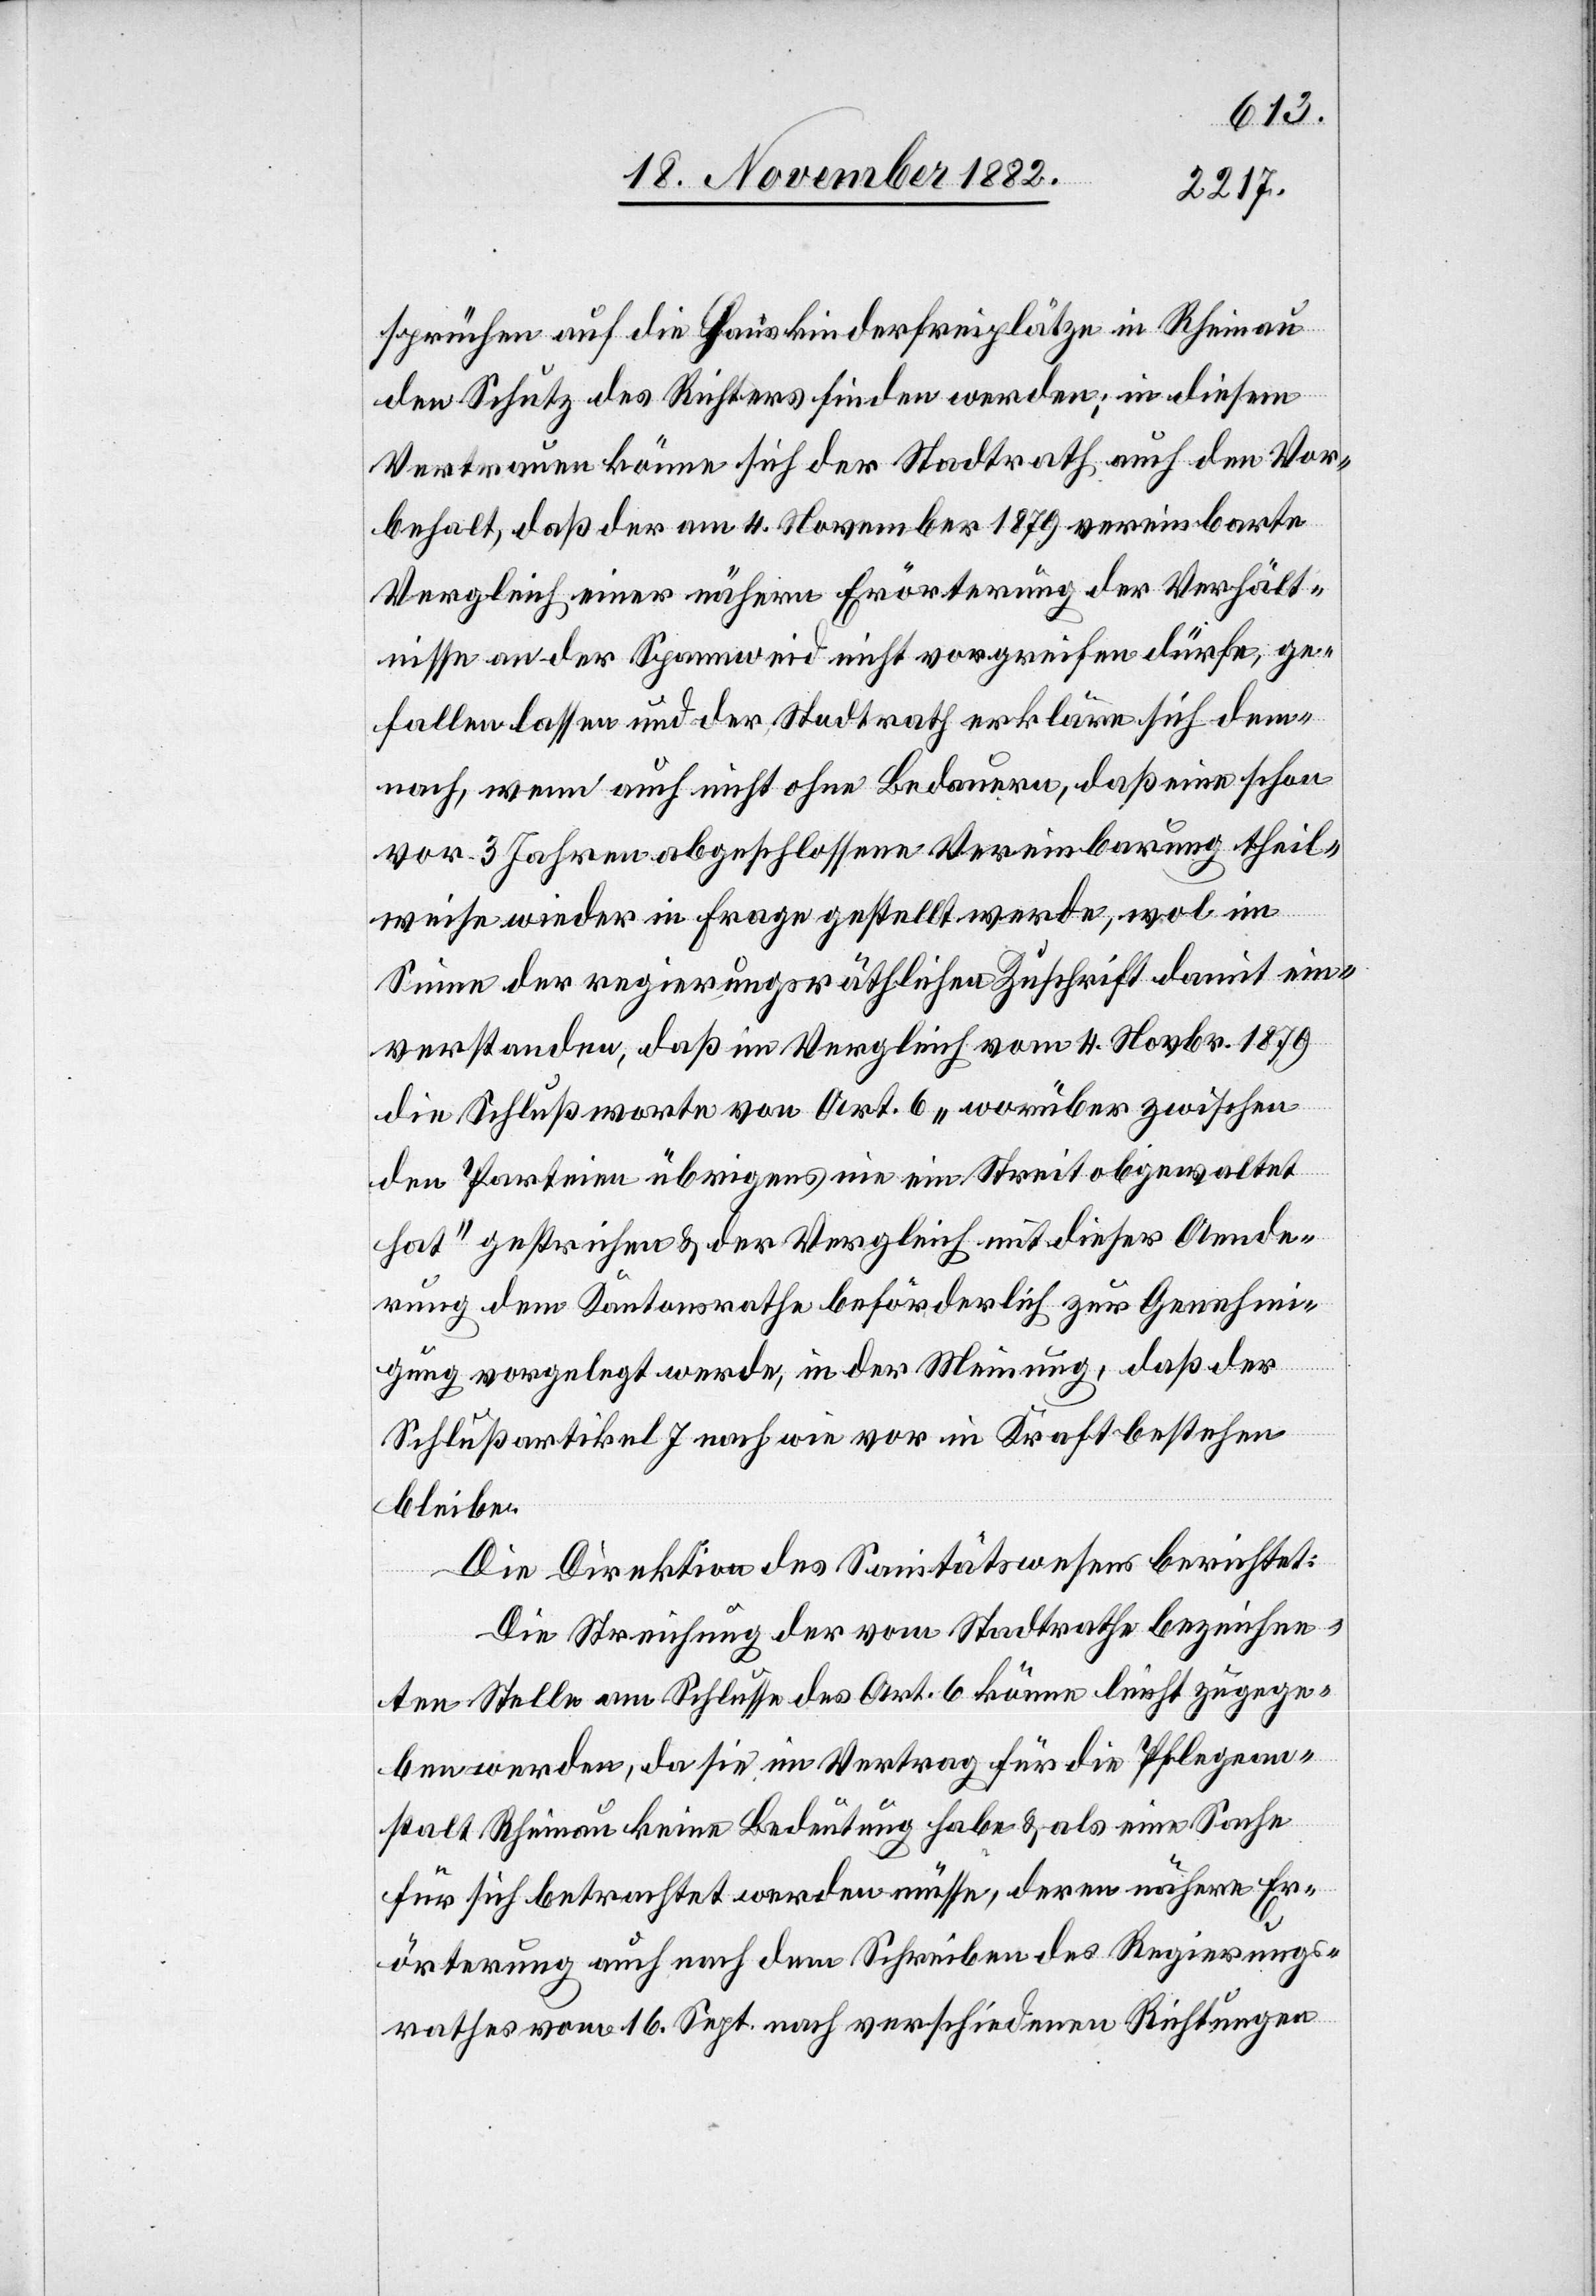
sprüchen auf die Hauskinderfreiplätze in Rheinau
den Schutz des Richters finden werden; in diesem
Vertrauen könne sich der Statthalteramt auch den Vor¬
behalt, daß der am 4. November 1879 vereinbarte
Vergleich einer nähern Erörterung der Verhält¬
nisse an der Spannweid nicht vorgreifen dürfe, ge¬
fallen lassen und der Stadtrath erkläre sich dem¬
nach, wenn auch nicht ohne Bedauern, daß eine schon
vor 3 Jahren abgeschlossene Vereinbarung theil¬
weise wieder in Frage gestellt werde, wol im
Sinne der regierungsräthlichen Zuschrift damit ein¬
verstanden, daß im Vergleich vom 4. Novbr. 1879
die Schlußworte von Art. 6 „worüber zwischen
den Parteien übrigens nie ein Streit obgewaltet
hat“ gestrichen & der Vergleich mit dieser Aende¬
rung dem Kantonsrathe beförderlich zur Genehmi¬
gung vorgelegt werde, in der Meinung, daß der
Schlußartikel 7 nach wie vor in Kraft bestehen
bleibe.
Die Direktion des Sanitätswesens berichtet:
Die Streichung der vom Stadtrathe bezeichne¬
ten Stelle am Schlusse des Art. 6 könne leicht zugege¬
ben werden, da sie im Vertrag für die Pflegean¬
stalt Rheinau keine Bedeutung habe & als eine Sache
für sich betrachtet werden müsse, deren nähere Er¬
örterung auch nach dem Schreiben des Regierungs¬
rathes vom 16. Sept. nach verschiedenen Richtungen